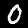
Label: 0